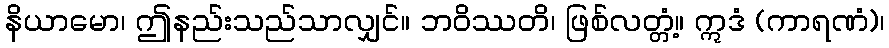
နိယာမော၊ ဤနည်းသည်သာလျှင်။ ဘဝိဿတိ၊ ဖြစ်လတ္တံ့။ ဣဒံ (ကာရဏံ)၊